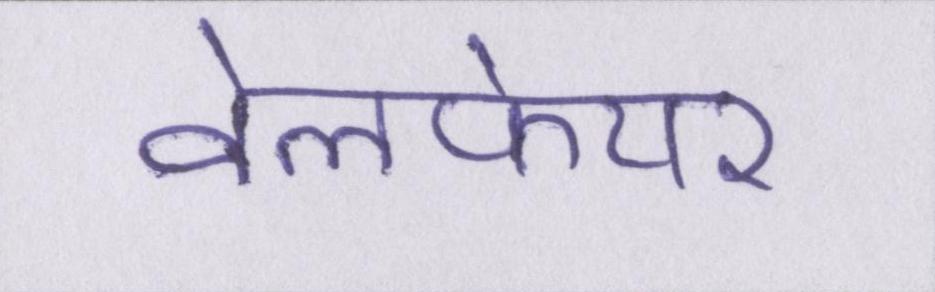
वेलफेयर